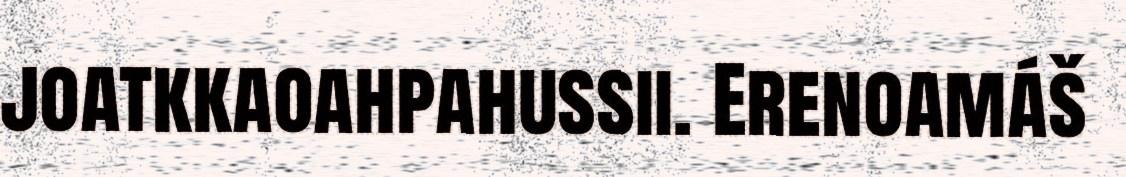
joatkkaoahpahussii. Erenoamáš